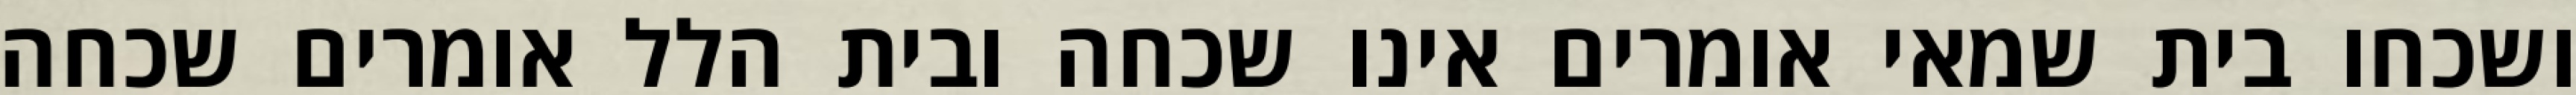
ושכחו בית שמאי אומרים אינו שכחה ובית הלל אומרים שכחה